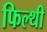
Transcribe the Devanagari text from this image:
फिल्थी